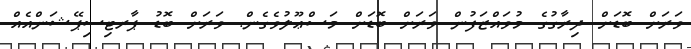
ވަރަށް ބޮޑަށް ދިރާގުގެ މުވައްޒަފުން ވަރަށް ބޮޑަށް މަސްޢޫލުވެގެން. ވަރަށް ބޮޑު ޕާރޓިސިޕޭޝަންއެއް